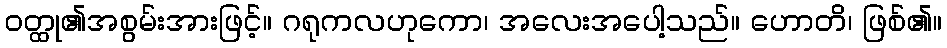
ဝတ္ထု၏အစွမ်းအားဖြင့်။ ဂရုကလဟုကော၊ အလေးအပေါ့သည်။ ဟောတိ၊ ဖြစ်၏။